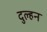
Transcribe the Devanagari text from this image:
दुल्‍हन